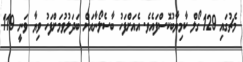
މެޗުގައި 129 ގޯލް ކާމިޔާބުކޮސްފައެވެ. އެއަށްފަހު ބާސެލޯނާއަށް ބަދަލުވުމަށްފަހު ވިޔާ ވަނީ 119